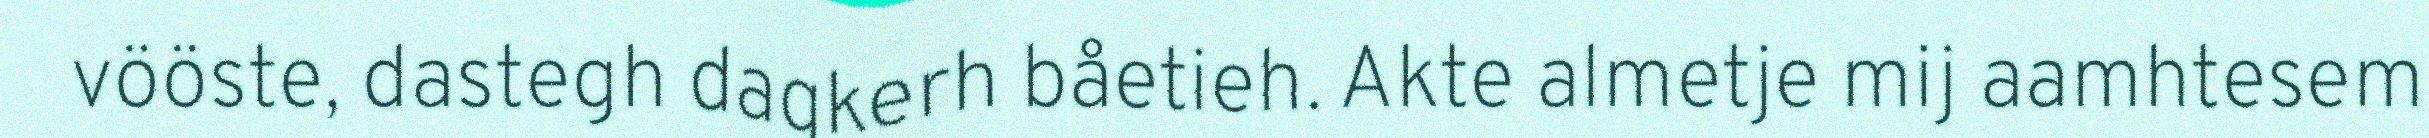
vööste, dastegh dagkerh båetieh. Akte almetje mij aamhtesem